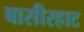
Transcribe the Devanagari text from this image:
बासीरहाट